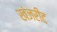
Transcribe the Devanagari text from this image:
खंजरीट